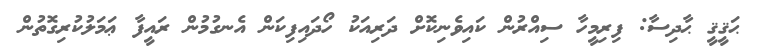
ޙަޤީޤީ ޙާދިސާ: ފިރިމީހާ ސިއްރުން ކައިވެނިކޮށް ދަރިއަކު ހޯދައިފިކަން އެނގުމުން ރައީފާ ޢަމަލުކުރިގޮތުން